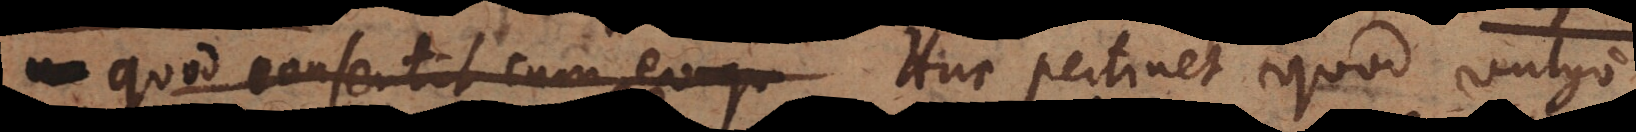
quod consentit cum eo qu. Huc pertinet quod vulgo